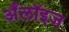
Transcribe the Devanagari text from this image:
अँलॉइज